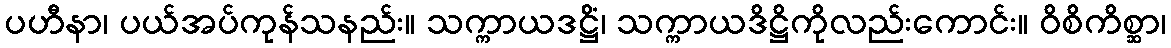
ပဟီနာ၊ ပယ်အပ်ကုန်သနည်း။ သက္ကာယဒဋ္ဌိံ၊ သက္ကာယဒိဋ္ဌိကိုလည်းကောင်း။ ဝိစိကိစ္ဆာ၊